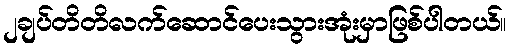
၂ချပ်တိတိလက်ဆောင်ပေးသွားအုံးမှာဖြစ်ပါတယ်။